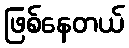
ဖြစ်နေတယ်